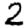
Digit: 2